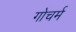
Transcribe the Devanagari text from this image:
गोचर्म